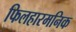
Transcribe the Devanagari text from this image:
फिलहारमनिक